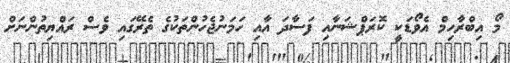
މޯ އިބްރާހިމް އެވޯޑަކީ ކޮރަޕްޝަނާއި ފަސާދަ އާއި ހަމަނުޖެހުންތަކުގެ ތެރޭގައި ވެސް ރައްޔިތުންނަށް